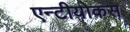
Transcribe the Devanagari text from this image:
एन्टीयोकस